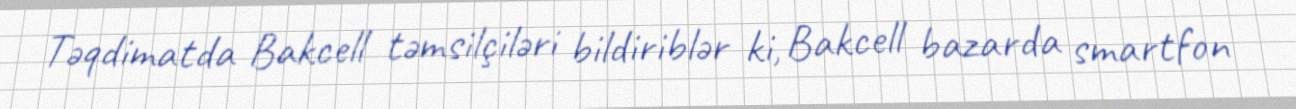
Təqdimatda Bakcell təmsilçiləri bildiriblər ki, Bakcell bazarda smartfon